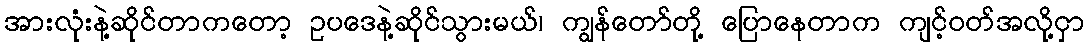
အားလုံးနဲ့ဆိုင်တာကတော့ ဥပဒေနဲ့ဆိုင်သွားမယ်၊ ကျွန်တော်တို့ ပြောနေတာက ကျင့်ဝတ်အလို့ငှာ